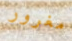
مغرور